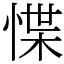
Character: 惵